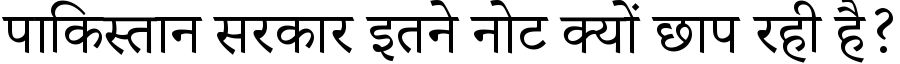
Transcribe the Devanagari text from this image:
पाकिस्तान सरकार इतने नोट क्यों छाप रही है?